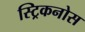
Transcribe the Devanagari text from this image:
स्ट्रिकनोस